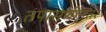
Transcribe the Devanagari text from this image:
तपासणीनंतर